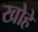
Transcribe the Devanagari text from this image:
खोहें